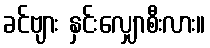
ခင်ဗျား နှင်းလျှောစီးလား။